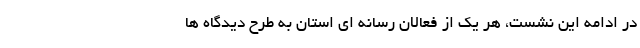
در ادامه این نشست، هر یک از فعالان رسانه ای استان به طرح دیدگاه ها